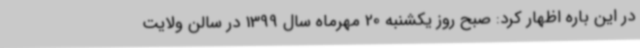
در این باره اظهار کرد: صبح روز یکشنبه 20 مهرماه سال 1399 در سالن ولایت